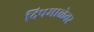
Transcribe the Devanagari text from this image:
दिपमाळेवर